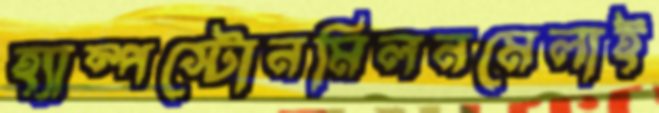
হ্যাম্পস্টোনমিলনমেলাই